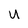
Character: u